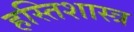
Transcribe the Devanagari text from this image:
हस्तिशास्त्र